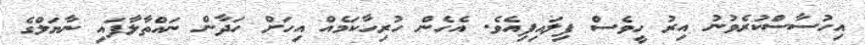
އިހުސާސްކުރެވުނު އިރު ހީވެސް ފިލައިފިއެވެ. އެހެން ހުރިހާކަމެއް އިހަށް ހަދާން ނައްތާލާފައި ނާޔަލްގެ